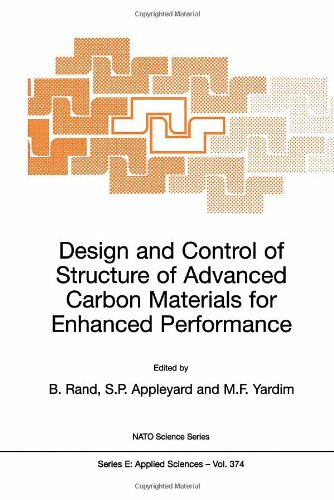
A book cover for Design and Control of Structure of Advanced Carbon Materials for Enhanced Performance (Nato Science Series E:); Science & Math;